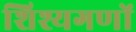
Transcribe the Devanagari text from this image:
शिश्यगणों